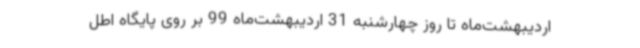
اردیبهشت‌ماه تا روز چهارشنبه 31 اردیبهشت‌ماه 99 بر روی پایگاه اطل